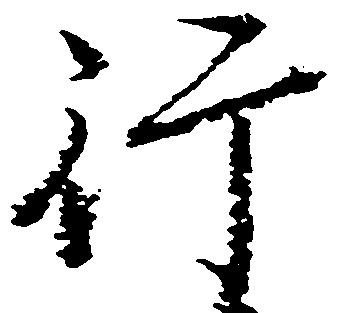
行